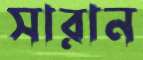
সারান